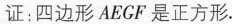
证：四边形AEGF是正方形。